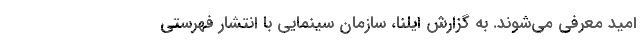
امید معرفی می‌شوند. به گزارش ایلنا، سازمان سینمایی با انتشار فهرستی